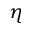
\eta